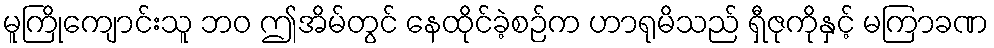
မူကြိုကျောင်းသူ ဘဝ ဤအိမ်တွင် နေထိုင်ခဲ့စဉ်က ဟာရုမိသည် ရှီဇုကိုနှင့် မကြာခဏ